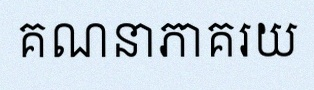
គណនាភាគរយ